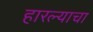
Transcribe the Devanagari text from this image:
हारल्याचा